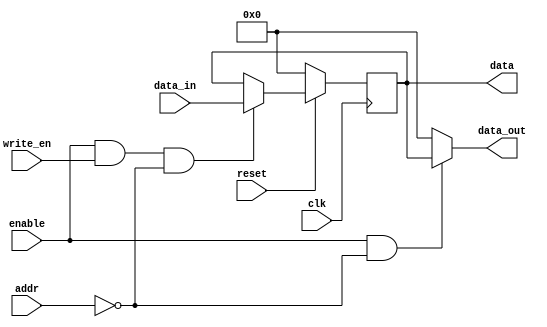
/*---------------------------------------\
|This is a template for the configuration|
|registers of the peripherals.           |
|The data is stored on a single byte.    |
\---------------------------------------*/

module reflet_rw_register #(
    parameter addr_size = 16,
    reg_addr = 0,
    default_value = 0
    )(
    input clk,
    input reset,
    input enable,
    //system bus
    input [addr_size-1:0] addr,
    input write_en,
    input [7:0] data_in,
    output [7:0] data_out,
    //peripheral control
    output reg [7:0] data
    );

    wire wr_en = enable && write_en && reg_addr == addr;
    wire read_en = enable && reg_addr == addr;

    always @ (posedge clk)
        if(!reset)
        begin
            data <= default_value;
        end
        else
        begin
            if(wr_en)
                data <= data_in;
        end

    assign data_out = ( read_en ? data : 0 );

endmodule